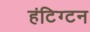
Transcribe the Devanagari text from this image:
हंटिग्टन